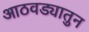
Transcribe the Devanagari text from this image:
आठवड्यातुन